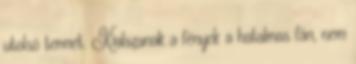
utolsó termet. Kialszanak a fények a hatalmas fán, nem